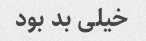
خیلی بد بود